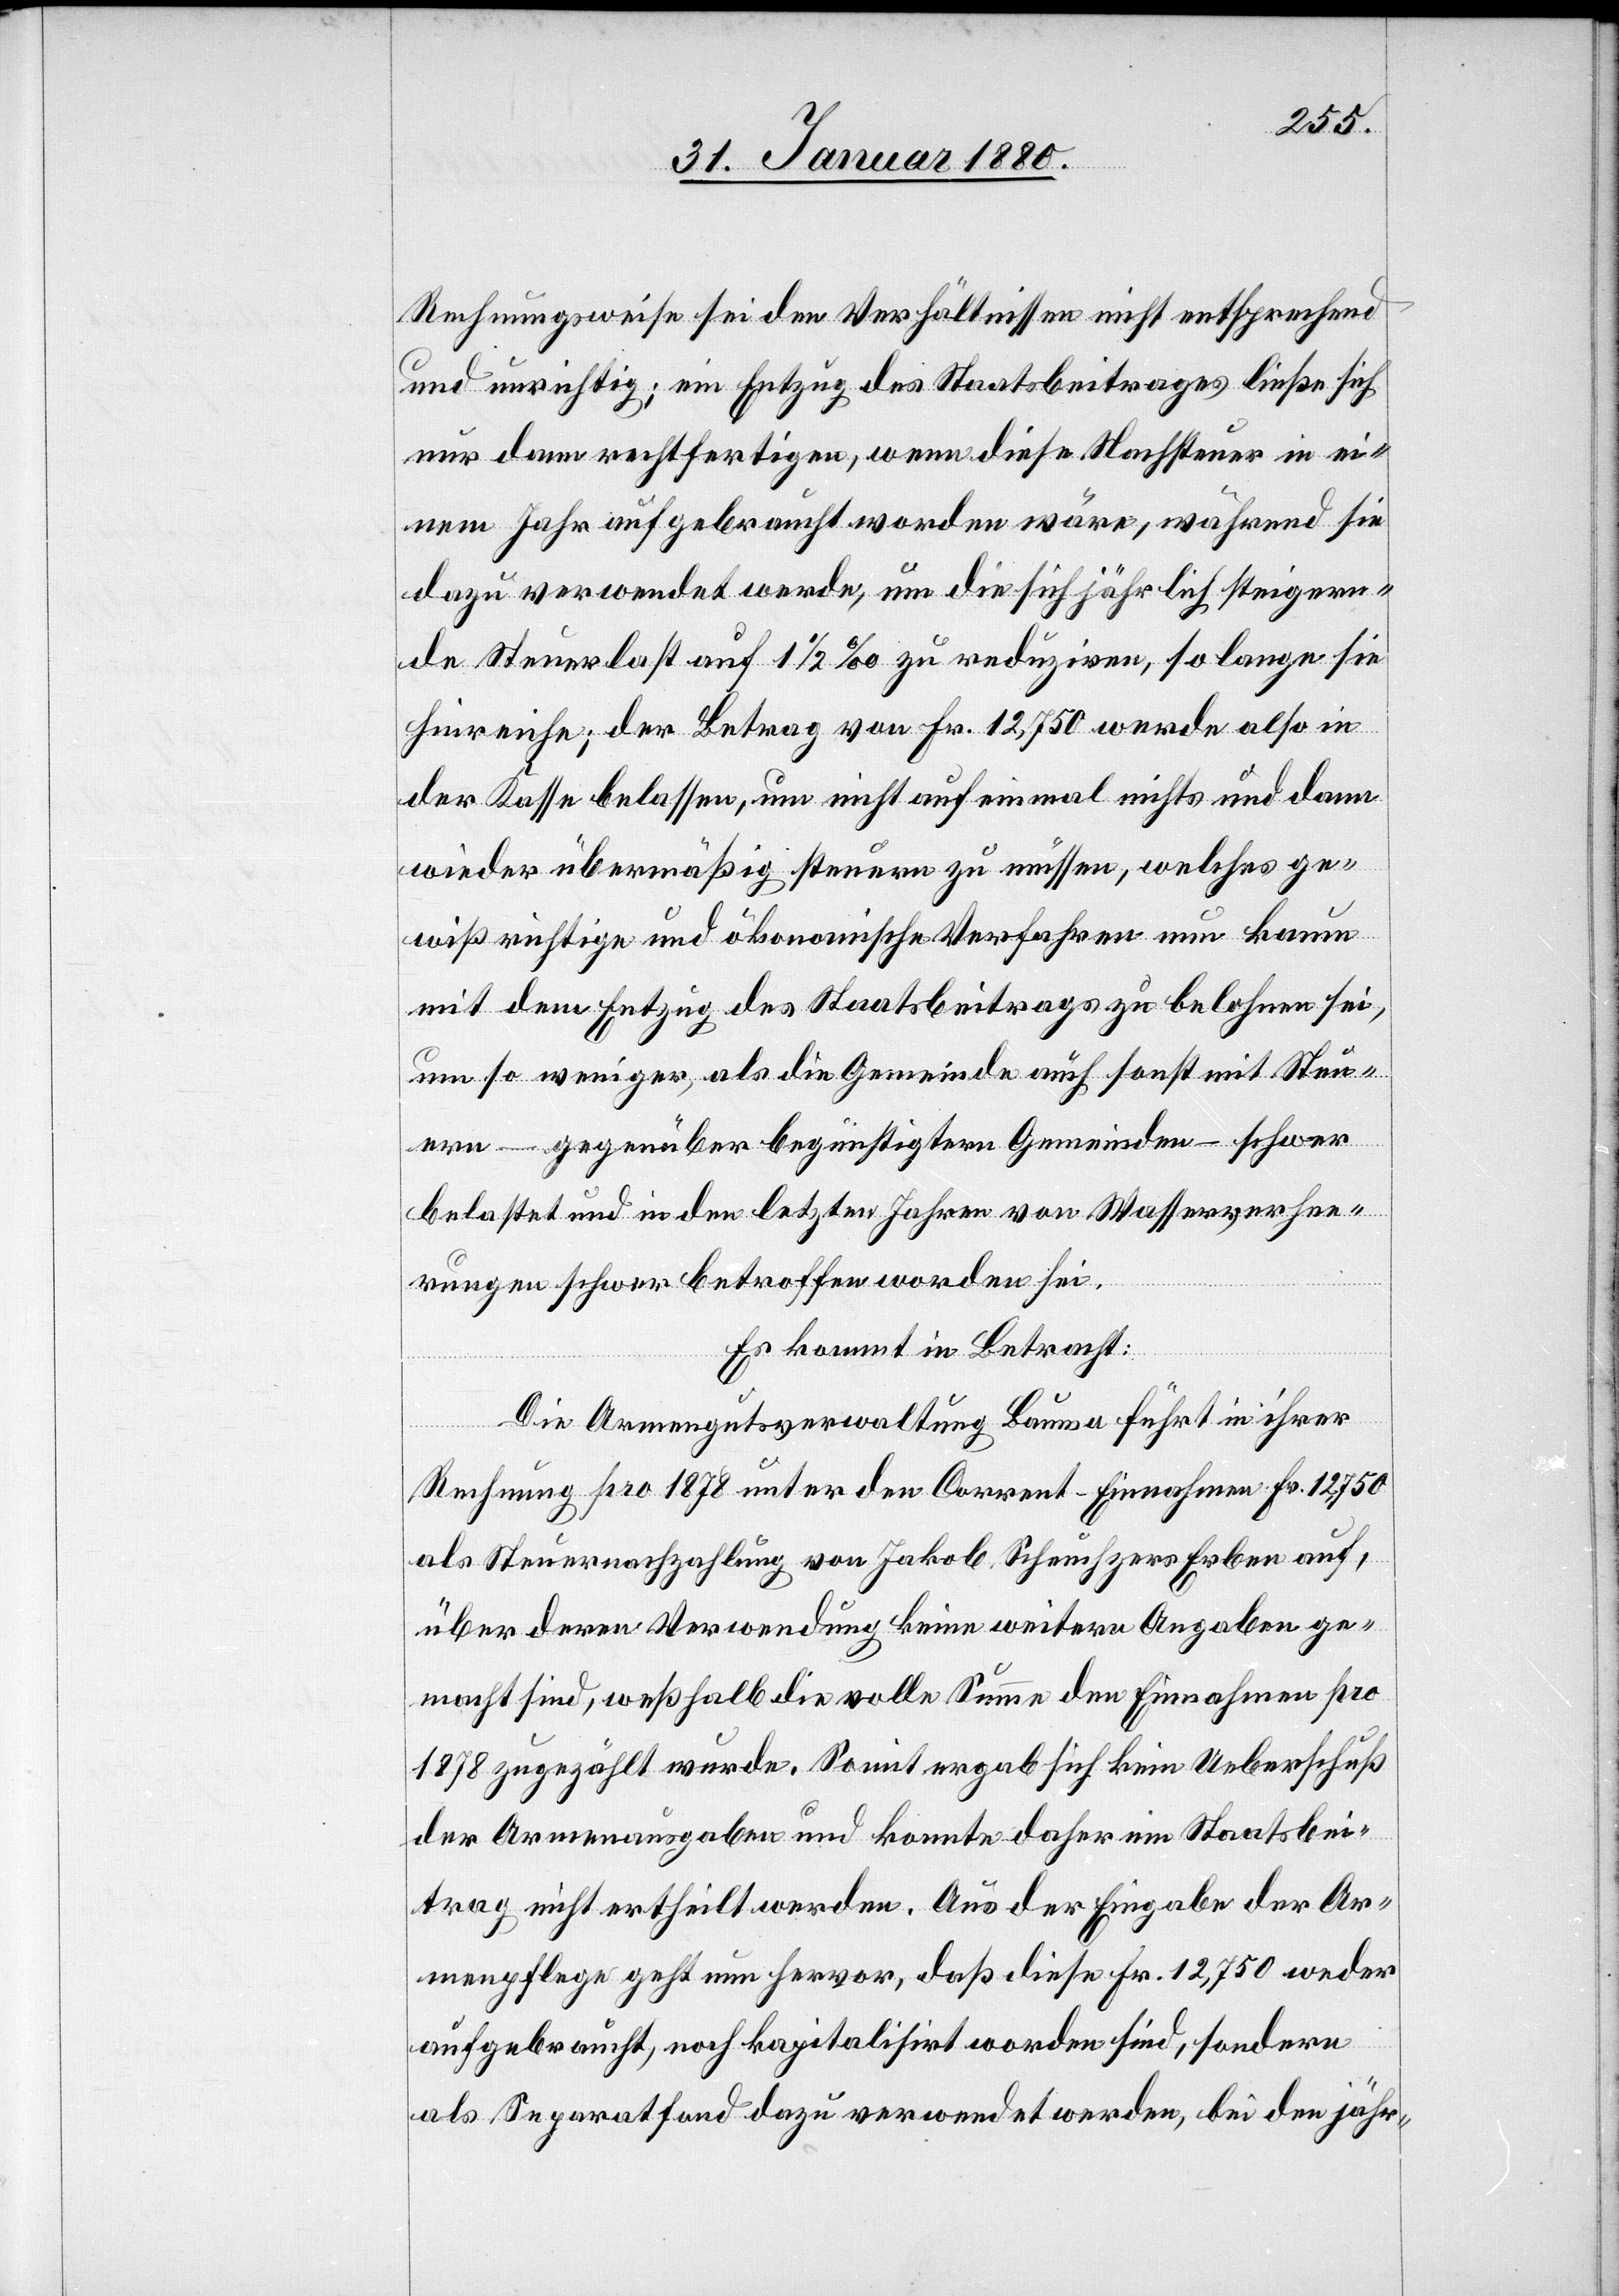
Rechnungsweise sei den Verhältnissen nicht entsprechend
und unrichtig; ein Entzug des Staatsbeitrages ließe sich
nur dann rechtfertigen, wenn diese Nachsteuer in ei¬
nem Jahr aufgebraucht worden wäre, während sie
dazu verwendet werde, um die sich jährlich steigern¬
de Steuerlast auf 1 1/2% zu reduziren, so lange sie
hinreiche; der Betrag von Fr. 12, 750 werde also in
der Kasse belassen, um nicht auf einmal nichts und dann
wieder übermäßig steuern zu müssen, welches ge¬
wiß richtige und ökonomische Verfahren nun kaum
mit dem Entzug des Staatsbeitrags zu belohnen sei,
um so weniger, als die Gemeinde auch sonst mit Steu¬
ern – gegenüber begünstigtern Gemeinden – schwer
belastet und in den letzten Jahren von Wasserverhee¬
rungen schwer betroffen worden sei.
Es kommt in Betracht:
Die Armengutsverwaltung Bauma führt in ihrer
Rechnung pro 1878 unter den Corrent-Einnahmen Fr. 12, 750
als Steuernachzahlung von Jakob Scheuchzer Erben auf,
über deren Verwendung keine weitern Angaben ge¬
macht sind, weßhalb die volle Summe den Einnahmen pro
1878 zugezählt wurde. Somit ergab sich kein Ueberschuß
der Armenausgaben und konnte daher ein Staatsbei¬
trag nicht ertheilt werden. Aus der Eingabe der Ar¬
menpflege geht nun hervor, daß diese Fr. 12, 750 weder
aufgebraucht, noch kapitalisirt worden sind, sondern
als Separatfond dazu verwendet werden, bei den jähr-